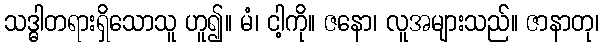
သဒ္ဓါတရားရှိသောသူ ဟူ၍။ မံ၊ ငါ့ကို။ ဇနော၊ လူအများသည်။ ဇာနာတု၊